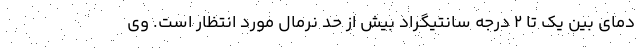
دمای بین یک تا ۲ درجه سانتیگراد بیش از حد نرمال مورد انتظار است. وی